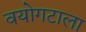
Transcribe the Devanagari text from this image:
वयोगटाला